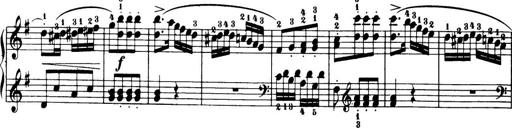
Title: 32 Sonatinas and Rondos for the Piano
Composer: Richard Kleinmichel